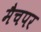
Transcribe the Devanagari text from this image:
मैचपर